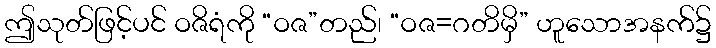
ဤသုတ်ဖြင့်ပင် ဝဇိရံကို “ဝဇ”တည်၊ “ဝဇ=ဂတိမှိ” ဟူသောအနက်၌